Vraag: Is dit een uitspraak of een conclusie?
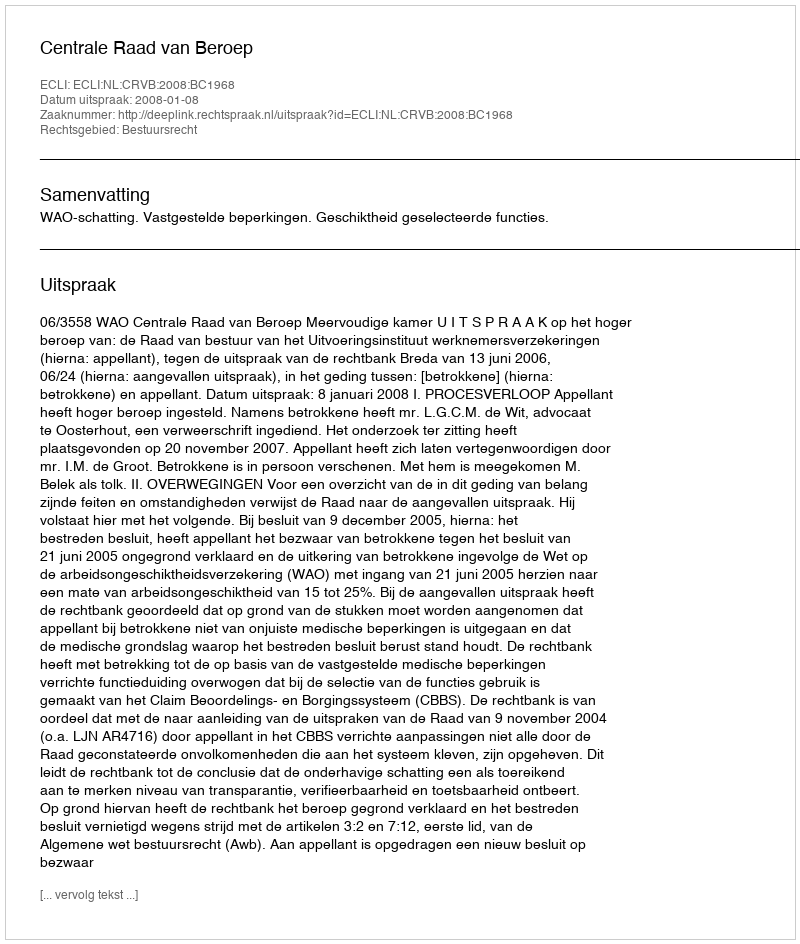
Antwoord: Uitspraak